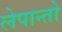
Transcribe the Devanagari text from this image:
लेपान्तो